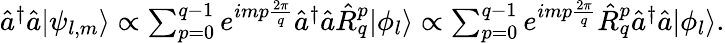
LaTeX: \begin{array}{r}{\hat{a}^{\dagger}\hat{a}|\psi_{l,m}\rangle\propto\sum_{p=0}^{q-1}e^{imp\frac{2\pi}{q}}\hat{a}^{\dagger}\hat{a}\hat{R}_{q}^{p}|\phi_{l}\rangle\propto\sum_{p=0}^{q-1}e^{imp\frac{2\pi}{q}}\hat{R}_{q}^{p}\hat{a}^{\dagger}\hat{a}|\phi_{l}\rangle.}\end{array}